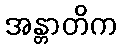
အန္တာတိက